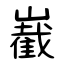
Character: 嶻